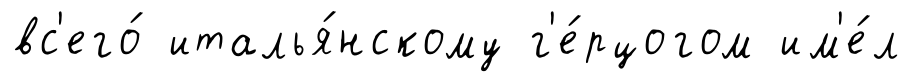
вс'его́ италья́нскому г'е́рцогом им'е́л